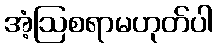
အံ့ဩစရာမဟုတ်ပါ